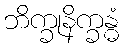
ဘိက္ခုနိက္ခန္ဓံ